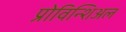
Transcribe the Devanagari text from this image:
प्रोविन्शिअल